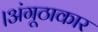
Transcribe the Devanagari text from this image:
।अंगूठाकार